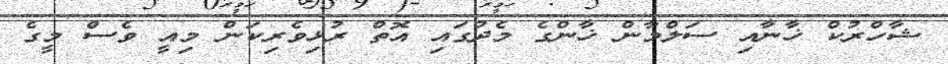
ޝާހްރުކް ޚާނާއި ސަލްމާން ޚާންގެ މެދުގައި އޮތް ރުޅިވެރިކަން މިއީ ވެސް މީގެ